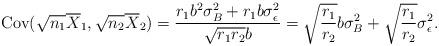
LaTeX: \begin{align*} \operatorname{Cov}( \sqrt{n_1} \overline{X}_1, \sqrt{n_2} \overline{X}_2 ) = \frac{ r_1b^2 \sigma_B^2 + r_1b \sigma_\epsilon^2}{ \sqrt{r_1 r_2} b } = \sqrt{ \frac{r_1}{r_2} } b \sigma_B^2 + \sqrt{ \frac{r_1}{r_2} } \sigma_\epsilon^2.\end{align*}